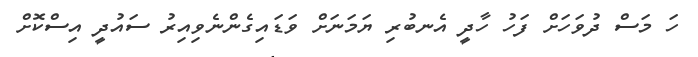
ހަ މަސް ދުވަހަށް ފަހު ހާދީ އެނބުރި ޔަމަނަށް ވަޑައިގެންނެވިއިރު ސައުދީ އިސްކޮށް